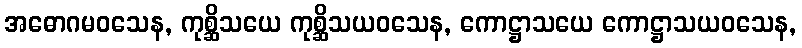
အဓောဂမဝသေန, ကုစ္ဆိသယေ ကုစ္ဆိသယဝသေန, ကောဋ္ဌာသယေ ကောဋ္ဌာသယဝသေန,